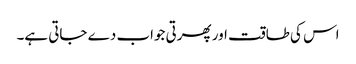
اس کی طاقت اور پھرتی جواب دے جاتی ہے۔